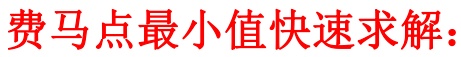
费马点最小值快速求解：